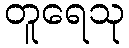
တူရေသု